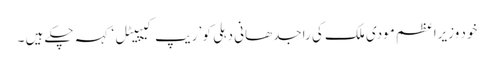
خود وزیراعظم مودی ملک کی راجدھانی دہلی کو ’ریپ کیپیٹل ‘کہہ چکے ہیں ۔